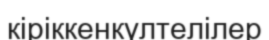
кіріккенкүлтелілер